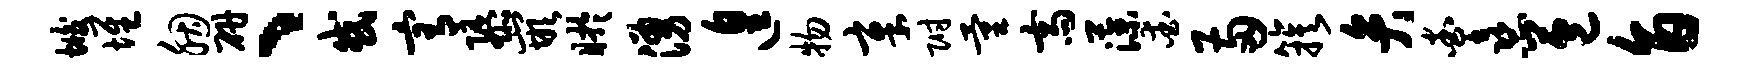
垢堆胭研、或宥隳嵌盱涌遑物章附量斋藻爱两簇弁查熹苞旨